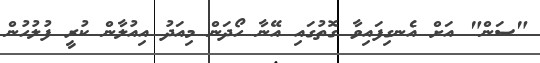
"ސަން" އަށް އެނގިފައިވާ ގޮތުގައި އޭނާ ހޯދަން މިއަދު އިއުލާން ކުރީ ފުލުހުން